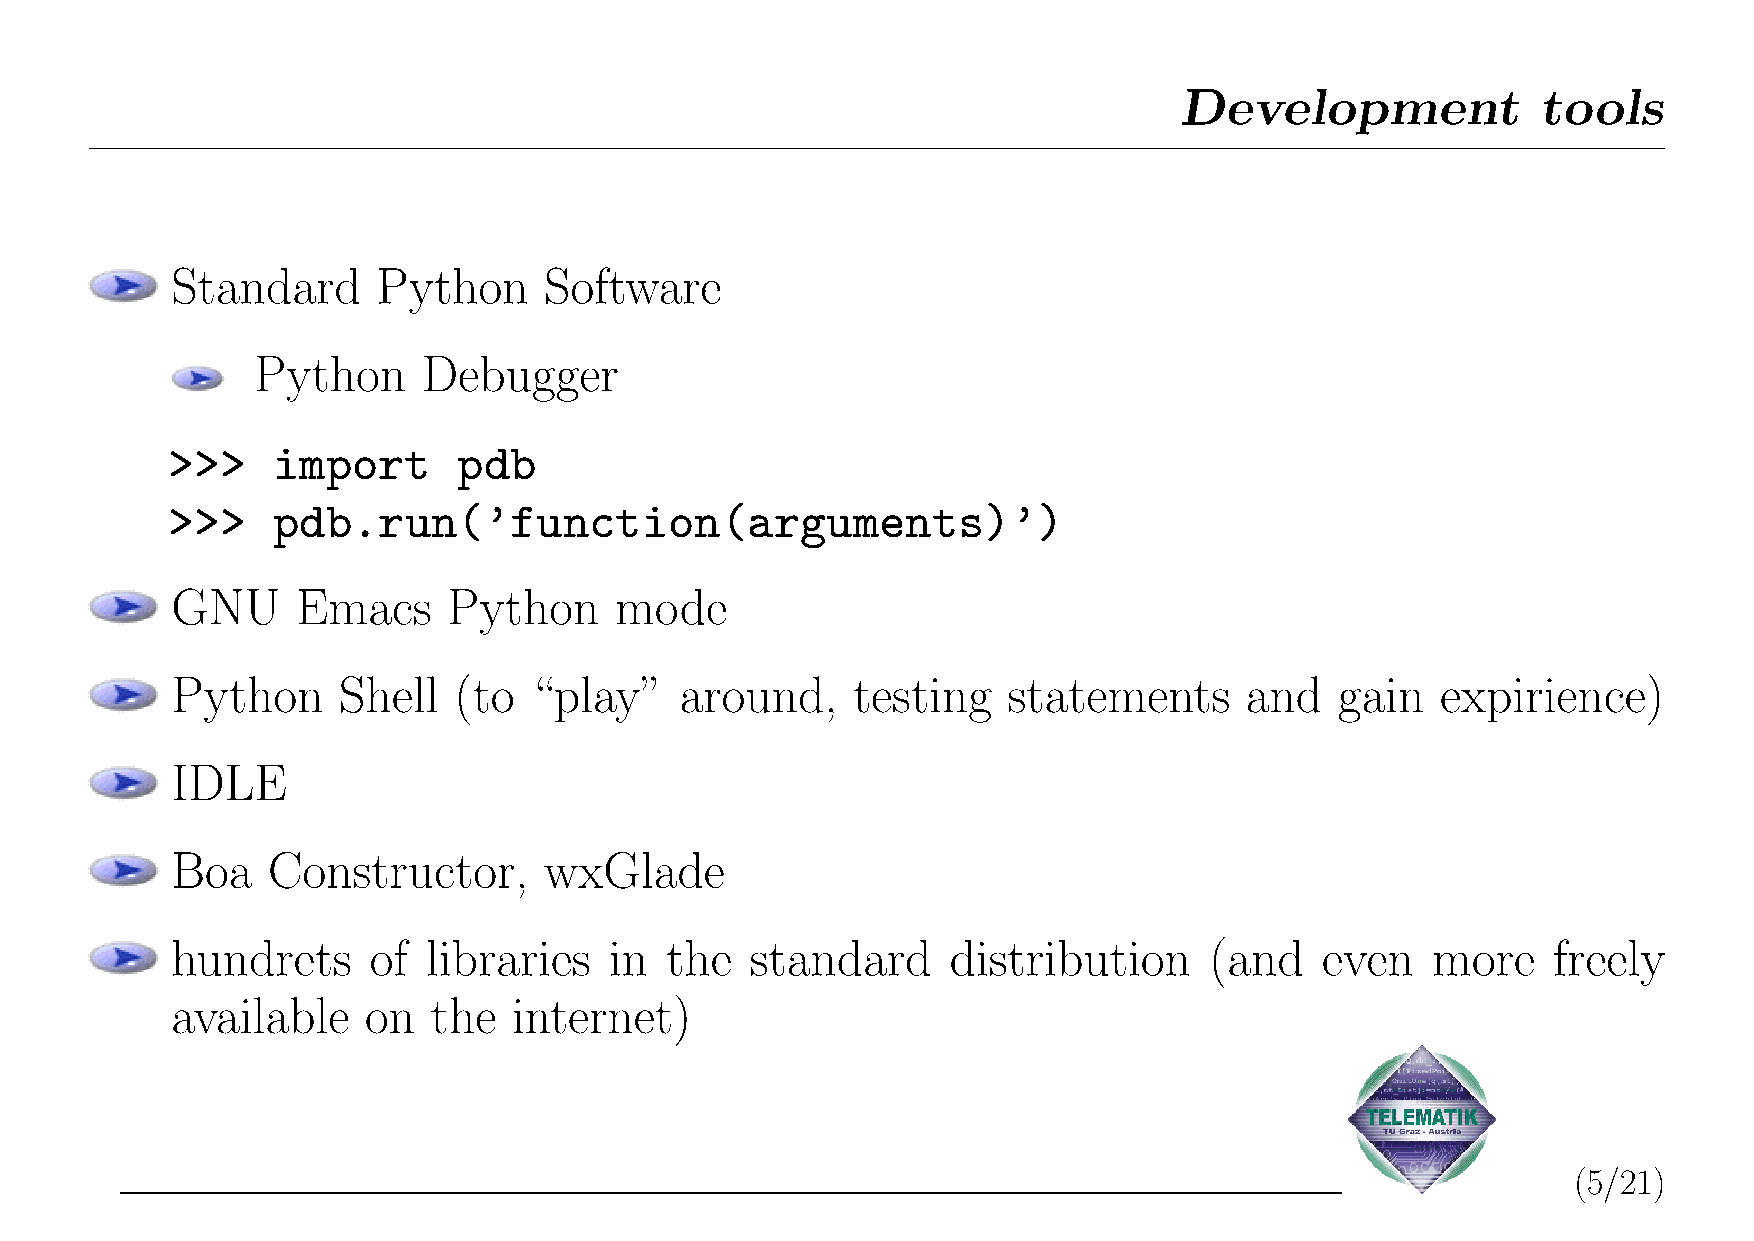
Development             tools
 Standard      Python     Software
 Python     Debugger
 >>>    import      pdb
 >>>    pdb.run(’function(arguments)’)
 GNU      Emacs     Python     mode
 Python     Shell   (to  “play”    around,    testing    statements     and    gain  expirience)
 IDLE
 Boa    Constructor,      wxGlade
 hundrets     of  libraries   in  the   standard     distribution     (and    even   more    freely
 available    on   the  internet)
 (5/21)